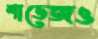
শাভেজও